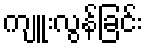
ကျူးလွန်ခြင်း